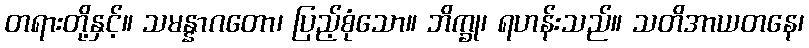
တရားတို့နှင့်။ သမန္နာဂတော၊ ပြည့်စုံသော။ ဘိက္ခု၊ ရဟန်းသည်။ သတိအာယတနေ၊